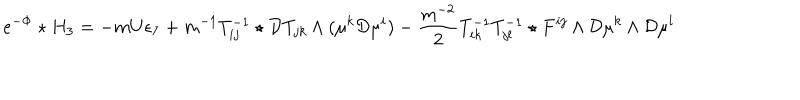
e ^ { - \Phi } \star H _ { 3 } = - m U \epsilon _ { 7 } + m ^ { - 1 } T _ { i j } ^ { - 1 } \star { \cal D } T _ { j k } \wedge ( \mu ^ { k } { \cal D } \mu ^ { i } ) - { \frac { m ^ { - 2 } } { 2 } } T _ { i k } ^ { - 1 } T _ { j l } ^ { - 1 } \star F ^ { i j } \wedge { \cal D } \mu ^ { k } \wedge { \cal D } \mu ^ { l }